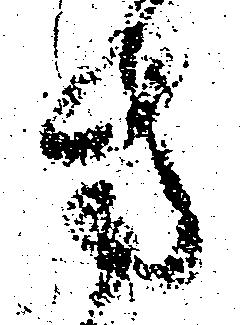
方